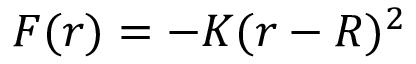
F ( r ) = - K ( r - R ) ^ { 2 }